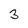
Character: 3